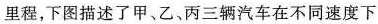
里程，下图描述了甲、乙、丙三辆汽车在不同速度下